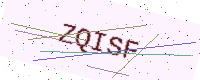
Text: ZQISF